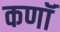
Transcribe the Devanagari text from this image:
कणॉ